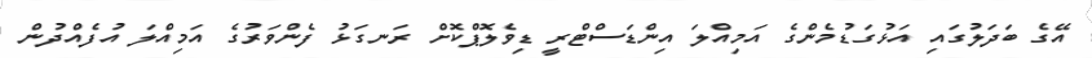
އޭގެ ބަދަލުގައި އަޅުގަޑުމެންގެ އަމިއްލަ އިންޑަސްޓްރީ ޑިވެލޮޕްކޮށް ރަނގަޅު ފެންވަރުގެ އަމިއްލަ އުފެއްދުން